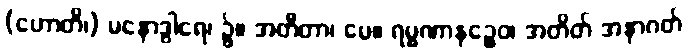
(ဟောတိ၊) မနောဒွါရေ၊ ၌။ အတီတာ၊ ပေ။ ရမ္မဏာနဉ္စေဝ၊ အတိတ် အနာဂတ်